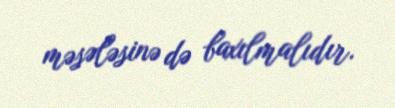
məsələsinə də baxılmalıdır.